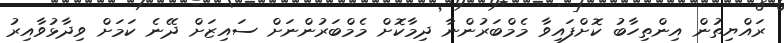
ރައްޔިތުން އިންތިހާބު ކޮށްފައިވާ މެމްބަރުންނާ ދިމާކޮށް މެމްބަރުންނަށް ސައިޒަށް ދޭނެ ކަމަށް ވިދާޅުވާއިރު